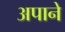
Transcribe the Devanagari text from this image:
अपाने